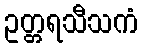
ဥတ္တရသီသကံ